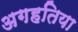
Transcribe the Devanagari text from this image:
अगहतिया